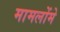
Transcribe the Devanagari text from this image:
मामलोंमे